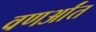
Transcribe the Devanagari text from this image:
वणर्आंत